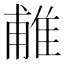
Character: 𨿌